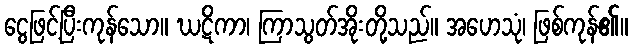
ငွေဖြင့်ပြီးကုန်သော။ ဃဋိကာ၊ ကြာသွတ်အိုးတို့သည်။ အဟေသုံ၊ ဖြစ်ကုန်၏။